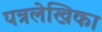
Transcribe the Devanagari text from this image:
पत्रलेखिका